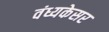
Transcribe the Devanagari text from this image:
वंध्यकेसर